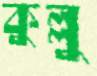
কুল্লু